French assistants in Scottish schools and training centres, 1934
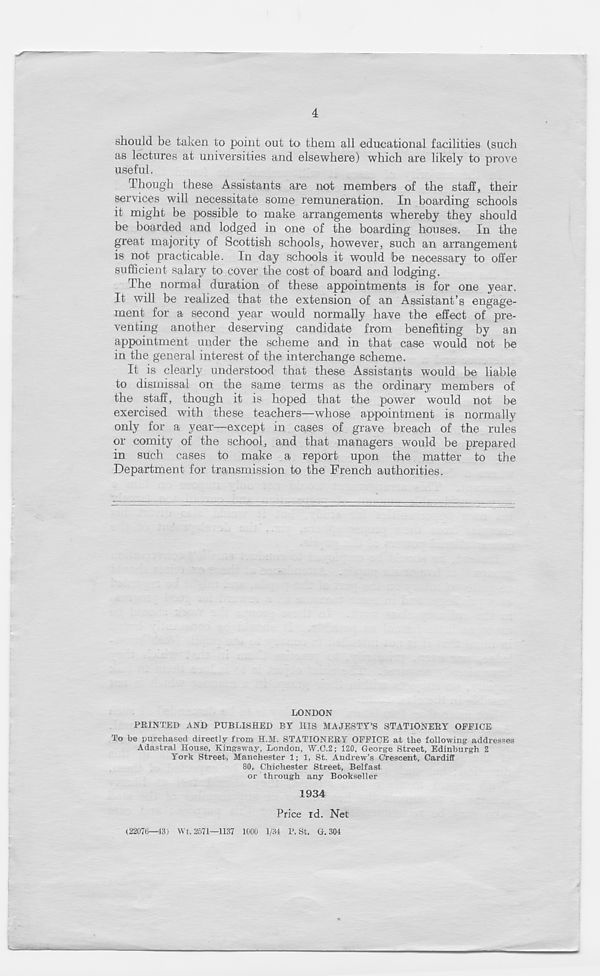
4
should be taken to point out to them all educational facilities (such
as lectures at universities and elsewhere) which are likely to prove
useful.
Though these Assistants are not members of the staff, their
services will necessitate some remuneration. In boarding schools
it might be possible to make arrangements whereby they should
be boarded and lodged in one of the boarding houses. In the
great majority of Scottish schools, however, such an arrangement
is not practicable. In day schools it would be necessary to offer
sufficient salary to cover the cost of board and lodging.
The normal duration of these appointments is for one year.
It will be realized that the extension of an Assistant’s engage-
ment for a second year would normally have the effect of pre-
venting another deserving candidate from benefiting by an
appointment under the scheme and in that case would not be
in the general interest of the interchange scheme.
It is clearly understood that these Assistants would be liable
to dismissal on the same terms as the ordinary members of
the staff, though it is hoped that the power would not be
exercised with these teachers—whose appointment is normally
only for a year—except in cases of grave breach of the rules
or comity of the school, and that managers would be prepared
in such cases to make a report upon the matter to the
Department for transmission to the French authorities.
LONDON
PRINTED AND PUBLISHED BY HIS MAJESTY’S STATIONERY OFFICE
To be purchased directly from H.M. STATIONERY OFFICE at the following addresses
Adastral House, Kingsway, London, W.0.2; 120, George Street, Edinburgh 2
York Street, Manchester 1; 1, St. Andrew’s Crescent, Cardiff
80, Chichester Street, Belfast
or through any Bookseller
1934
Price id. Net
(22076—13) Wt. 2571—1137 1000 1/34 P. St. G. 304